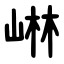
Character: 崊